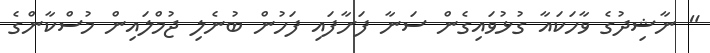
" ނާޝިދުގެ ވާހަކައާ ގުޅުވައިގެން ސަނާ ފަށާފައި ފަހުން ބުނެލި ޖުމްލައިން މުސްކާންގެ